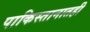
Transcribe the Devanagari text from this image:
पाकिस्तानातही